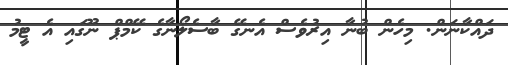
ދައްކާނަން. މިހެންް ބުނާ އިރުވެސް އެނގޭ ބާސެލޯނާގެ ކޭމްޕް ނޫގައި އެ ޓީމު